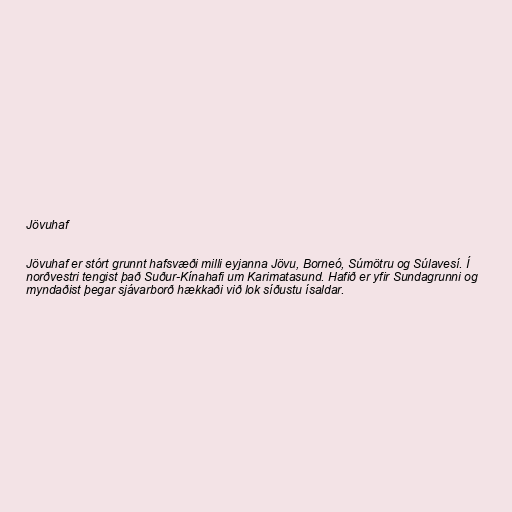
Jövuhaf

Jövuhaf er stórt grunnt hafsvæði milli eyjanna Jövu, Borneó, Súmötru og Súlavesí. Í
norðvestri tengist það Suður-Kínahafi um Karimatasund. Hafið er yfir Sundagrunni og
myndaðist þegar sjávarborð hækkaði við lok síðustu ísaldar.